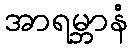
အာရမ္ဘာနံ